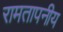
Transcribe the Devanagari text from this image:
रामतापनीय